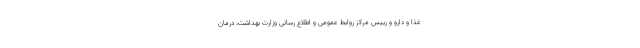
غذا و دارو و رییس مرکز روابط عمومی و اطلاع رسانی وزارت بهداشت، درمان